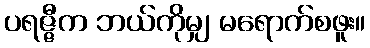
ပရဇ္ဇီက ဘယ်ကိုမျှ မရောက်စဖူး။